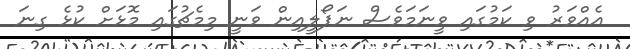
އެއްވަރު ވި ކަމުގައި ވީނަމަވެސް ނަޕޯލީއިން ވަނީ މިމެޗުގައި މޮޅަށް ކުޅެ ގިނަ